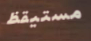
مستيقظ